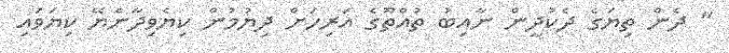
" ދެން ތިޔަގެ ދެކުދީން ނާއިބު ތުއްތޫގެ އަރިހަށް ދިޔުމުން ކިޔެވިދާނެޔޭ ކިޔަވައި